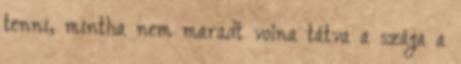
tenni, mintha nem maradt volna tátva a szája a